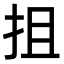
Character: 抯